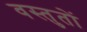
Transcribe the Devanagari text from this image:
वस्तुतों